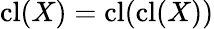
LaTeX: \operatorname{cl}(X)=\operatorname{cl}(\operatorname{cl}(X))